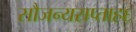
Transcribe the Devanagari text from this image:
सौजन्यसप्ताह६